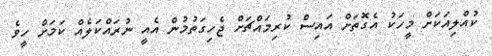
ކުއްލިއަކަށް މީހަކު އެގޮތަށް އައިސް ކުރިމައްޗަށް ޖެހިގަތުމުން އެއީ ނުރައްކަލެއް ކަމަށް ހީވެ